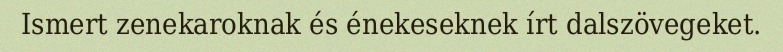
Ismert zenekaroknak és énekeseknek írt dalszövegeket.